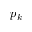
p _ { k }